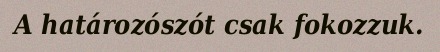
A határozószót csak fokozzuk.